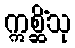
ဣစ္ဆိံသု